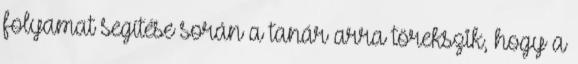
folyamat segítése során a tanár arra törekszik, hogy a